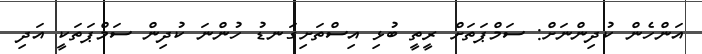
އަންހެން ކުދިންނަށް: ސަމްޕަތަށް ރީތީ ބުޅި އިސްތަށިގަނޑު ހުންނަ ކުދިން ސަމްޕަތަކީ އަދި